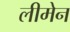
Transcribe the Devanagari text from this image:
लीमेन